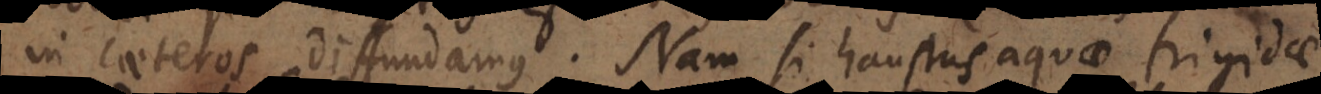
in caeteros diffundamus. Nam si haustus aquae frigidae